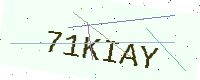
Text: 71KIAY